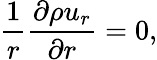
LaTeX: \frac{1}{r}\frac{\partial\rho u_{r}}{\partial r}=0,